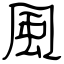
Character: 風